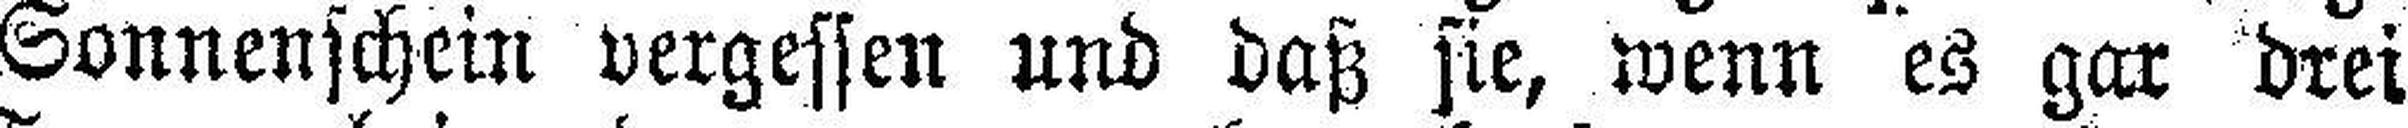
Sonnenschein vergessen und daß sie, wenn es gar drei